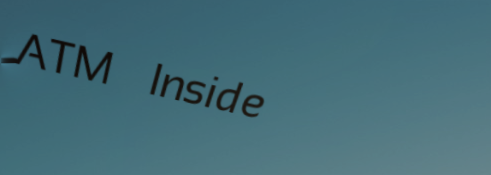
ATM Inside